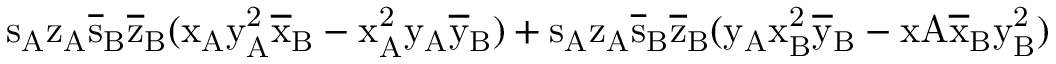
\mathrm { s _ { A } \mathrm { z _ { A } \mathrm { \overline { { s } } _ { B } \mathrm { \overline { { z } } _ { B } ( \mathrm { x _ { A } \mathrm { y _ { A } ^ { 2 } \mathrm { \overline { { x } } _ { B } - \mathrm { x _ { A } ^ { 2 } \mathrm { y _ { A } \mathrm { \overline { { y } } _ { B } ) + \mathrm { s _ { A } \mathrm { z _ { A } \mathrm { \overline { { s } } _ { B } \mathrm { \overline { { z } } _ { B } ( \mathrm { y _ { A } \mathrm { x _ { B } ^ { 2 } \mathrm { \overline { { y } } _ { B } - x A \mathrm { \overline { { x } } _ { B } \mathrm { y _ { B } ^ { 2 } ) } } } } } } } } } } } } } } } } } } }